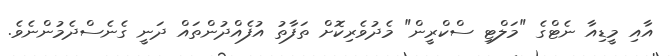
އާއި މީޑިއާ ނެޓްގެ "މަލްޓި ސްކްރީން" މެދުވެރިކޮށް ތަފާތު އުފެއްދުންތައް ދަނީ ގެނެސްދެމުންނެވެ.